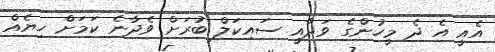
އެއީ އެ ދެ މީހުންގެ ވަދާއީ ސައިކަލް ބުރަށް ވެދާނެ ކަމަށް ހިޔެއް